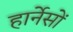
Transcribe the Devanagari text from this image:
हार्नेसों